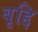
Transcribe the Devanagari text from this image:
बृद्दि